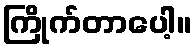
ကြိုက်တာပေါ့။